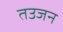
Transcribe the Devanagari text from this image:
तउजन